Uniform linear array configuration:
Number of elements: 32
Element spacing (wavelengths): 0.5
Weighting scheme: hann
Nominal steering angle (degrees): -15
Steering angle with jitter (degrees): -14.108
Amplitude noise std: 0.05
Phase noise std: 0.05

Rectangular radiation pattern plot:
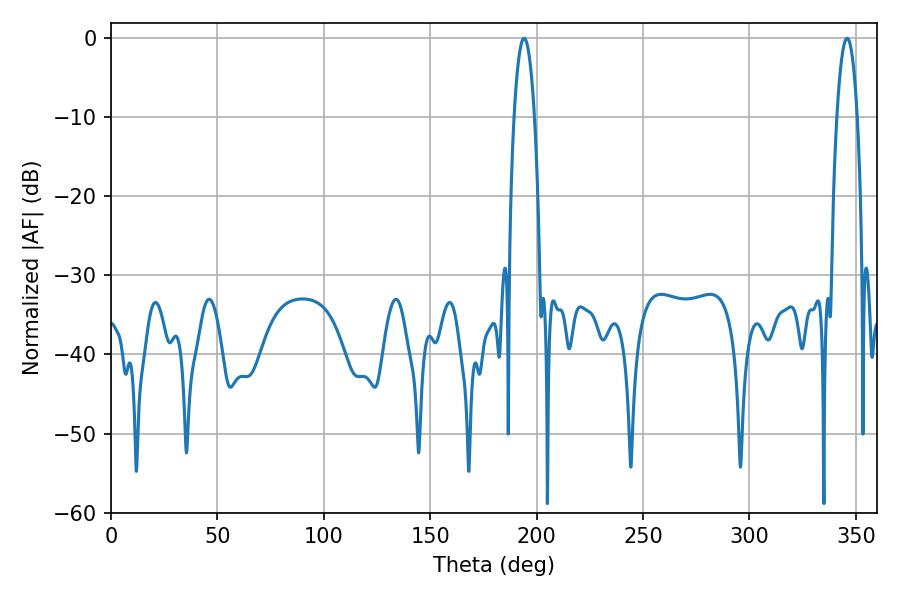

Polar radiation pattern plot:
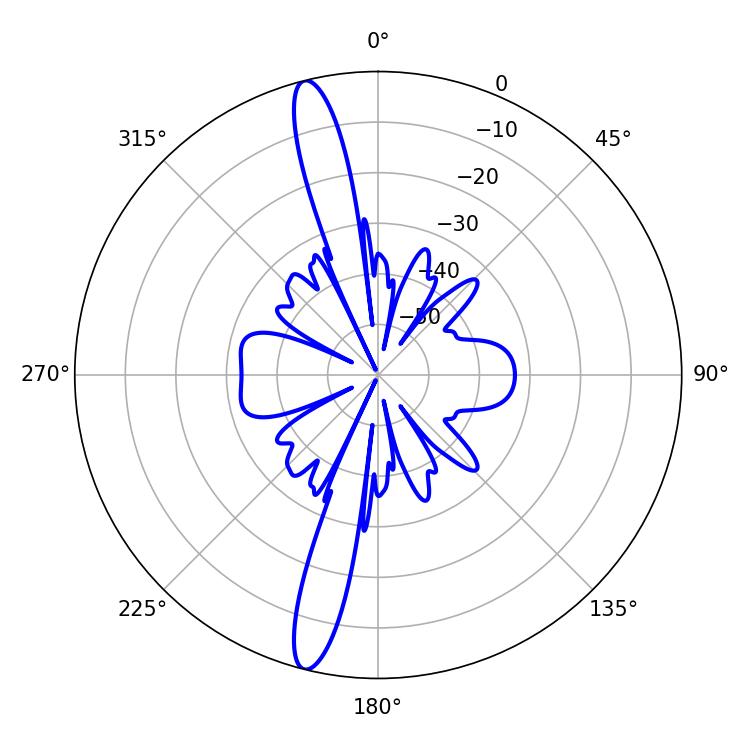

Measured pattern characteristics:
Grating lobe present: FALSE
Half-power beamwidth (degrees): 5.22
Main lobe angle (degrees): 194.04